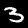
Label: 3